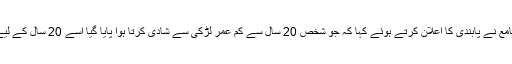
گیمبیا کے صدر یحییٰ جامع نے پابندی کا اعلان کرتے ہوئے کہا کہ جو شخص 20 سال سے کم عمر لڑکی سے شادی کرتا ہوا پایا گیا اسے 20 سال کے لیے جیل بھیج دیا جائے گا۔